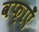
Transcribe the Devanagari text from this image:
वफ़ाएँ